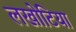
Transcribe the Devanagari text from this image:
लखोटिया